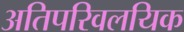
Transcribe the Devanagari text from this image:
अतिपरिवलयिक